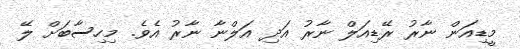
މީޑިއަން ނާރު ރޭޑިއަލް ނާރު އަދި އަލްނާ ނާރު އެވެ. މިހިސާބަށް ލޭ